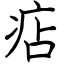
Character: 痁